Scottish Leaving Certificate Examination, 1961
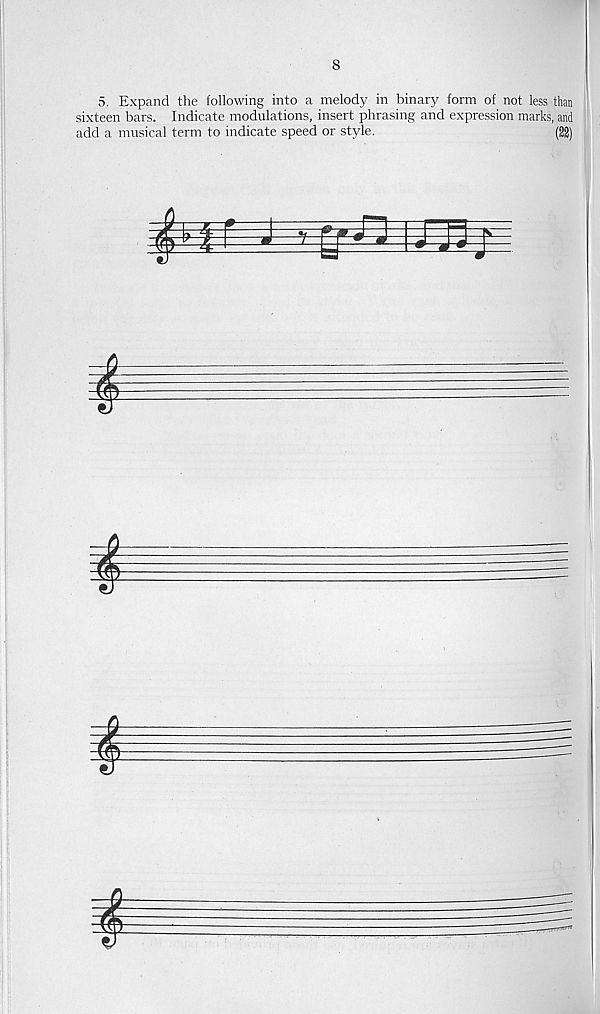
8
5. Expand the following into a melody in binary form of not less than
sixteen bars. Indicate modulations, insert phrasing and expression marks, and
add a musical term to indicate speed or style.
(22)
$